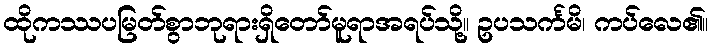
ထိုကဿပမြတ်စွာဘုရားရှိတော်မူရာအရပ်သို့။ ဥပသင်္ကမိ၊ ကပ်လေ၏။